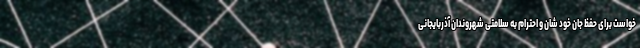
خواست برای حفظ جان خود شان و احترام به سلامتی شهروندان آذربایجانی